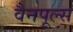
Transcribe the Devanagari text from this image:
वैनपूल्स